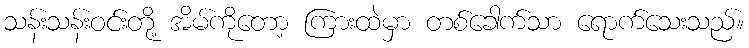
သန်းသန်းဝင်းတို့ အိမ်ကိုတော့ ကြားထဲမှာ တစ်ခေါက်သာ ရောက်သေးသည်။